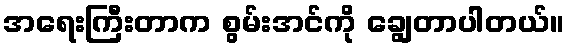
အရေးကြီးတာက စွမ်းအင်ကို ချွေတာပါတယ်။